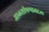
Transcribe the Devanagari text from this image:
आळशीपणाबद्दल